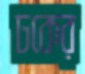
ঢকের